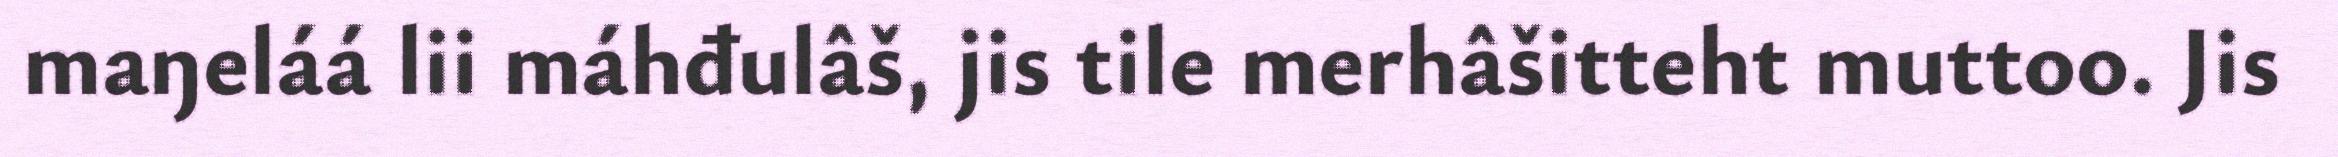
maŋeláá lii máhđulâš, jis tile merhâšitteht muttoo. Jis